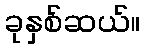
ခုနှစ်ဆယ်။